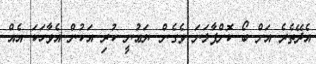
އެދޭތެރެ އަށް ބޯ ކޮށްޕާލަނަ ވެގެން. ޔަޢުނީ ކުރި އަކުން އެވާހަކަ އެއް